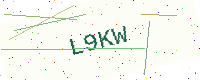
Text: L9KW